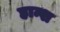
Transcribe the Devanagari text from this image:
हान्श